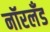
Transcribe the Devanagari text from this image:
नॉरलँड